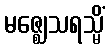
မဇ္ဈေသရသ္မိံ